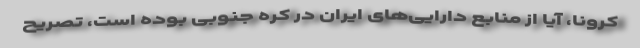
کرونا، آیا از منابع دارایی‌های ایران در کره جنوبی بوده است، تصریح